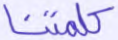
كلمتنا